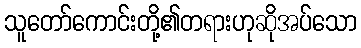
သူတော်ကောင်းတို့၏တရားဟုဆိုအပ်သော